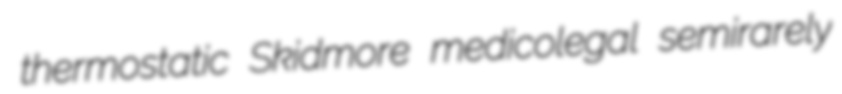
thermostatic Skidmore medicolegal semirarely